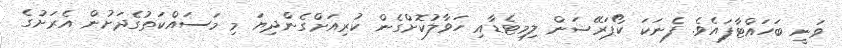
ވަނީ ބަހައްޓާފައެވެ. ފެނަކަ ކޯޕަރޭޝަން ލިމިޓެޑާއި ހަވާލުކޮށްގެން ކުރިއަށްގެންދިޔަ މި މަސައްކަތުގެދަށުން އެރަށުގެ